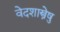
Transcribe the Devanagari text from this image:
वेदशास्त्रेषु